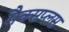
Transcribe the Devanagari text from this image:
मैक्सप्लस